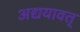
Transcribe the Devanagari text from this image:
अद्ययावत्